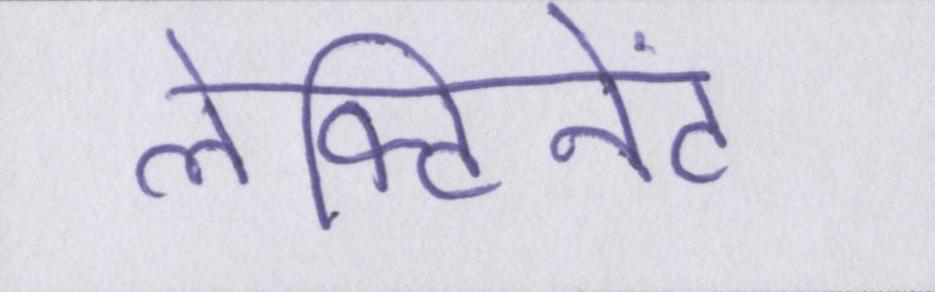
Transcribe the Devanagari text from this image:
लेफ्टिनेंट